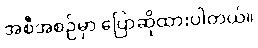
အစီအစဉ်မှာ ပြောဆိုထားပါတယ်။